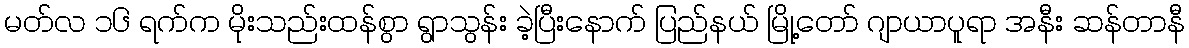
မတ်လ ၁၆ ရက်က မိုးသည်းထန်စွာ ရွာသွန်း ခဲ့ပြီးနောက် ပြည်နယ် မြို့တော် ဂျာယာပူရာ အနီး ဆန်တာနီ